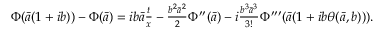
\begin{array} { r l } & { \Phi ( \bar { a } ( 1 + i b ) ) - \Phi ( \bar { a } ) = i b \bar { a } \frac { t } { x } - \frac { b ^ { 2 } \bar { a } ^ { 2 } } { 2 } \Phi ^ { \prime \prime } ( \bar { a } ) - i \frac { b ^ { 3 } \bar { a } ^ { 3 } } { 3 ! } \Phi ^ { \prime \prime \prime } ( \bar { a } ( 1 + i b \theta ( \bar { a } , b ) ) ) . } \end{array}